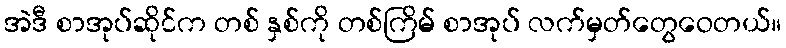
အဲဒီ စာအုပ်ဆိုင်က တစ် နှစ်ကို တစ်ကြိမ် စာအုပ် လက်မှတ်တွေဝေတယ်။